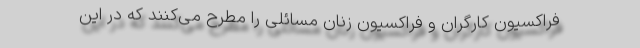
فراکسیون کارگران و فراکسیون زنان مسائلی را مطرح می‌کنند که در این